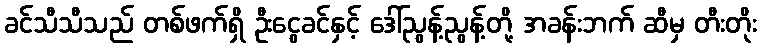
ခင်သီသီသည် တစ်ဖက်ရှိ ဦးငွေခင်နှင့် ဒေါ်ညွန့်ညွန့်တို့ အခန်းဘက် ဆီမှ တီးတိုး